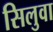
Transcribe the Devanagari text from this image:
सिलुवा